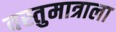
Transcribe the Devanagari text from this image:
वस्तुमात्राला